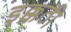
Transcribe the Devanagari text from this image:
इक्कठी